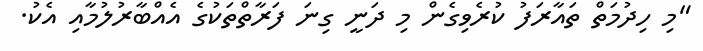
"މި ހިދުމަތް ތައާރަފު ކުރެވިގެން މި ދަނީ ގިނަ ފަރާތްތަކުގެ އެއްބާރުލުމާއި އެކު.